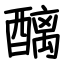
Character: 醨